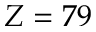
Z = 7 9